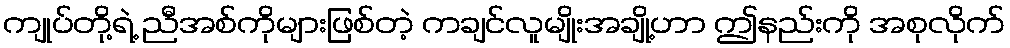
ကျုပ်တို့ရဲ့ ညီအစ်ကိုများဖြစ်တဲ့ ကချင်လူမျိုးအချို့ဟာ ဤနည်းကို အစုလိုက်